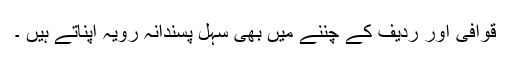
قوافی اور ردیف کے چننے میں بھی سہل پسندانہ رویہ اپناتے ہیں ۔